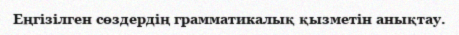
Еңгізілген сөздердің грамматикалық қызметін анықтау.